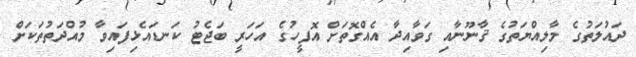
ދައުލަތުގެ މާލިއްޔަތުގެ ޤާނޫނާއި ގަވާއިދާ އެއްގޮތަށް އޮފީހުގެ އަހަރީ ބަޖެޓު ކަނޑައެޅިފައިވާ މުއްދަތުތަކަށް